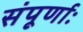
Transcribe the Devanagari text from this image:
संपूर्णाः